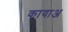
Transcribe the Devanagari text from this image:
कायाअ